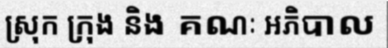
ស្រុក ក្រុង និង គណៈ អភិបាល